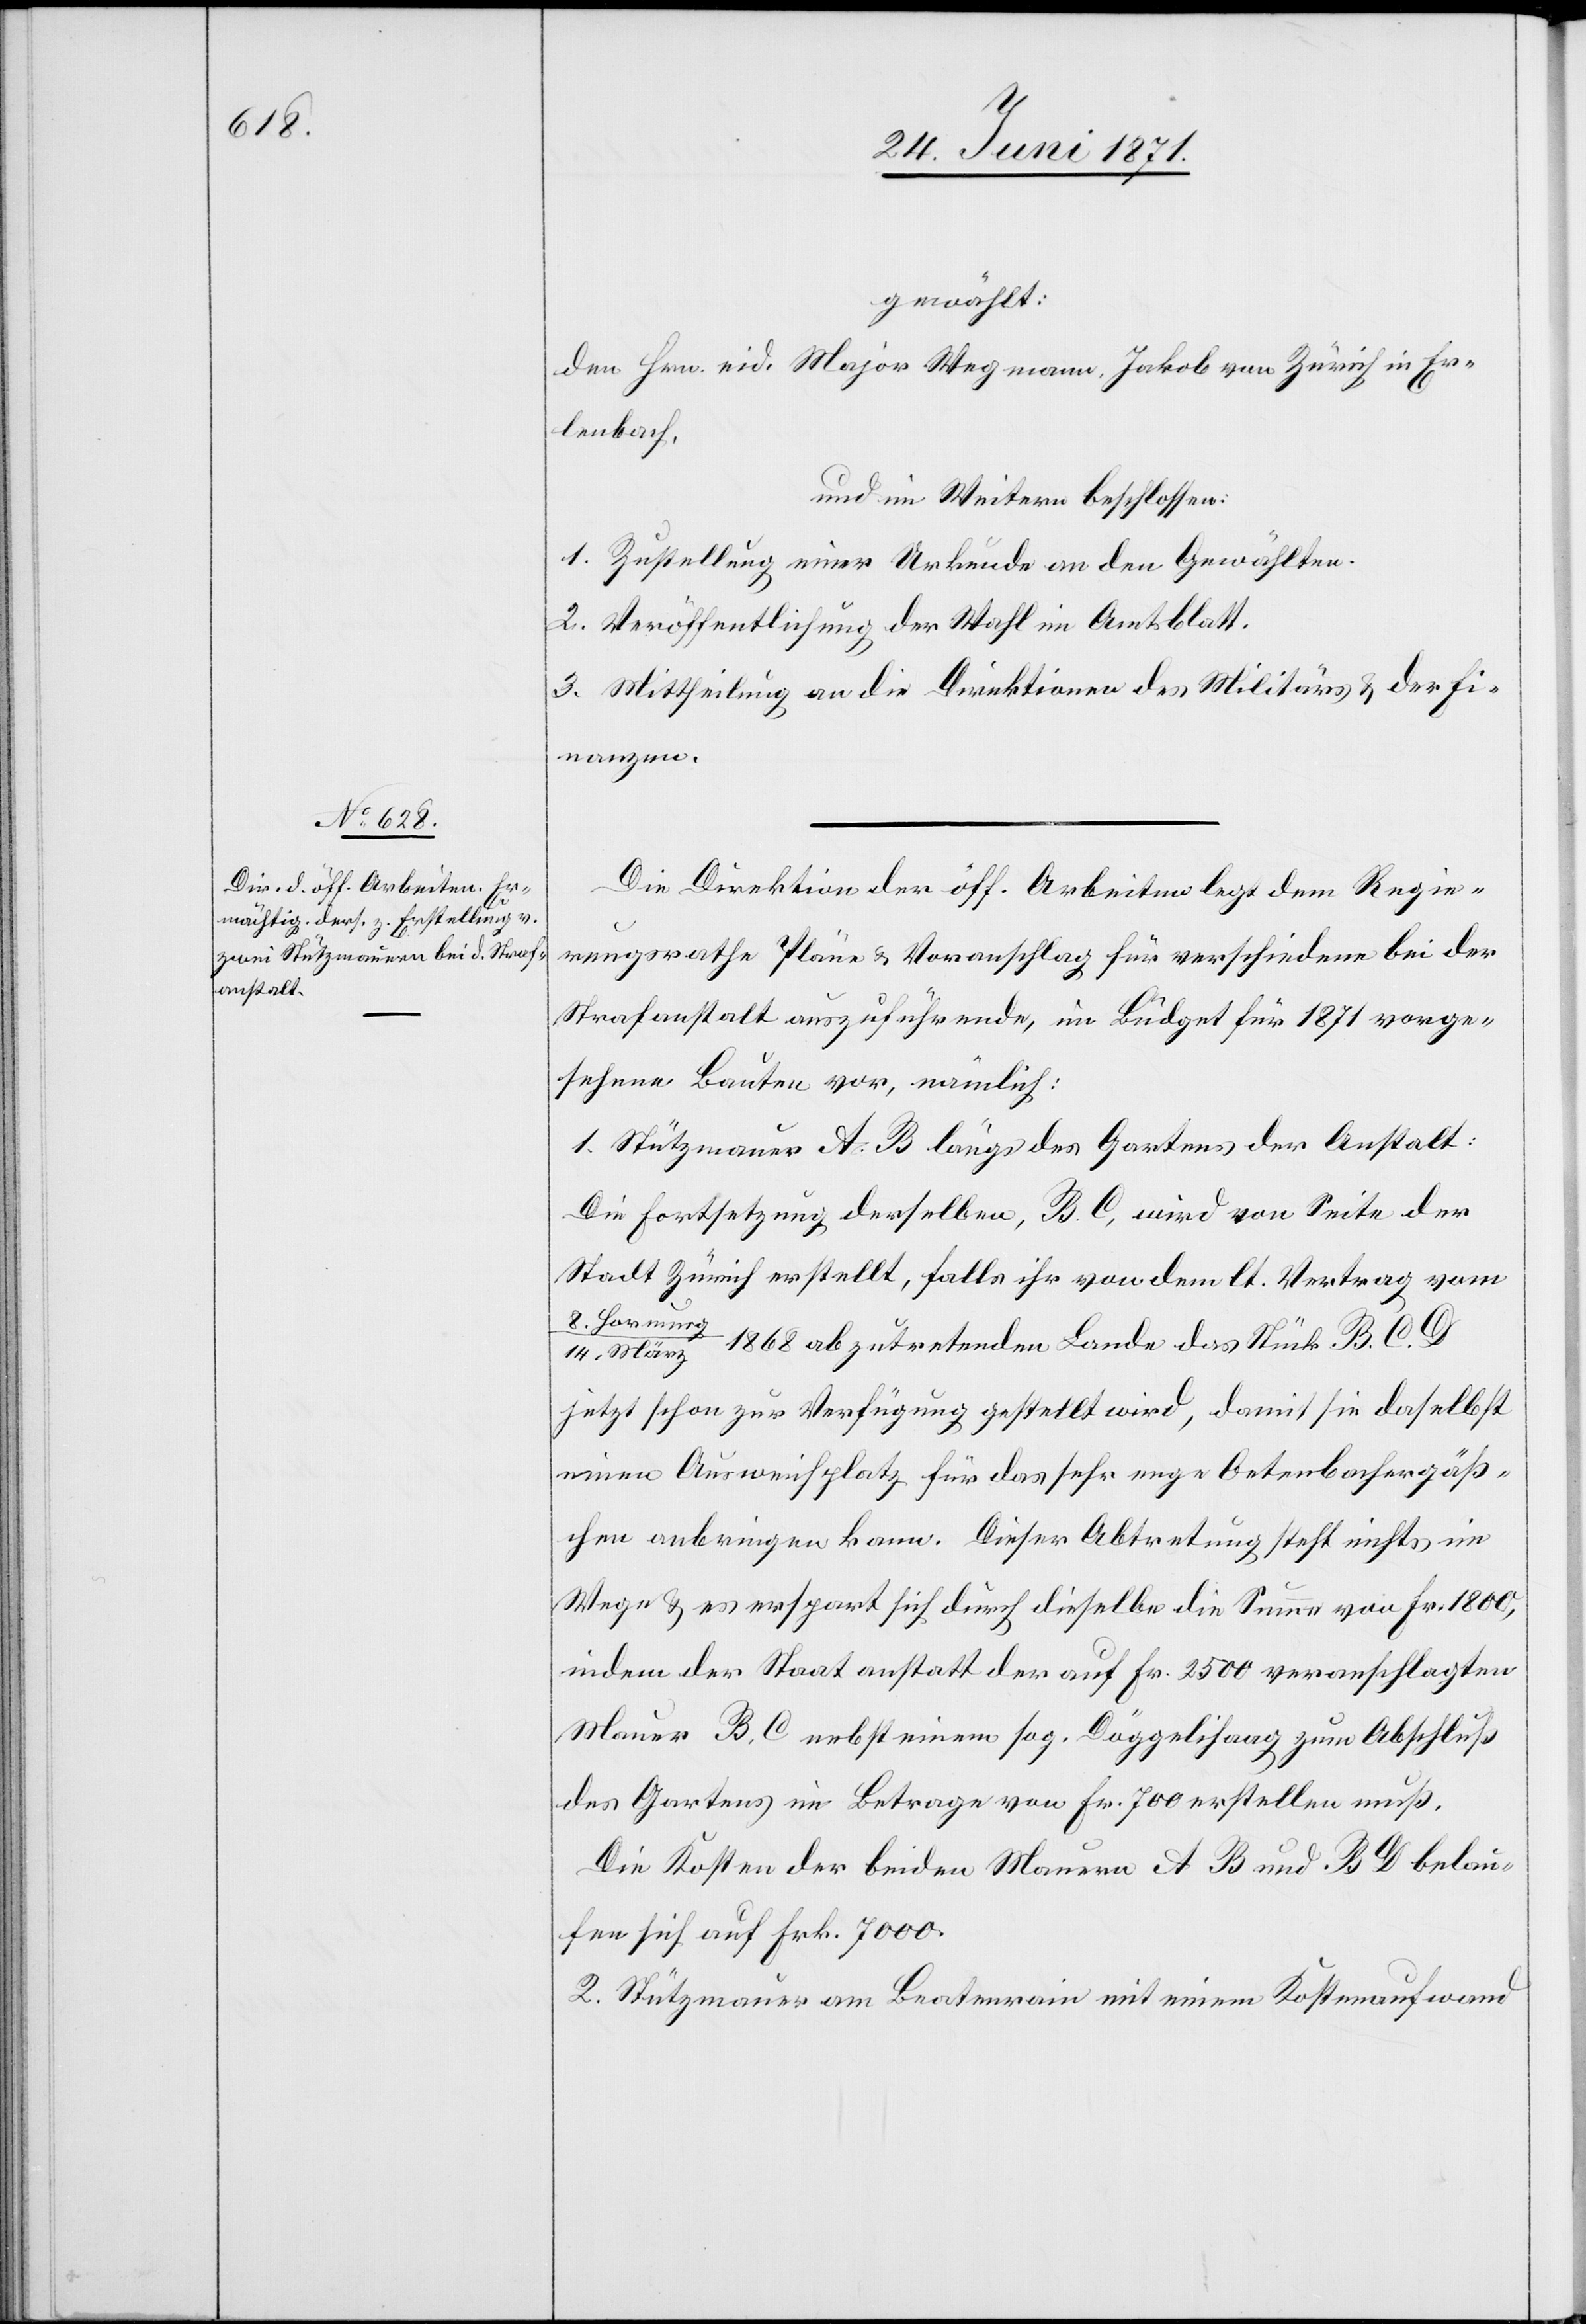
gewählt:
den Hrn. eid. Major Wegmann, Jakob von Zürich in Er¬
lenbach,
und im Weitern beschlossen:
1. Zustellung einer Urkunde an den Gewählten.
2. Veröffentlichung der Wahl im Amtsblatt.
3. Mittheilung an die Direktion des Militärs u. der Fi¬
nanzen.
Die Direktion der öff. Arbeiten legt dem Regie¬
rungsrathe Pläne u. Voranschlag für verschiedene bei der
Strafanstalt auszuführende, im Büdget für 1871 vorge¬
sehene Bauten vor, nämlich:
1. Stützmauer A. B längs des Gartens der Anstalt:
Die Fortsetzung derselben, B. C, wird von Seite der
Stadt Zürich erstellt, falls ihr von dem lt. Vertrag vom
März 1868 abzutretenden Lande das Stück B. C.
jetzt schon zur Verfügung gestellt wird, damit sie daselbst
einen Ausweisplatz für das sehr enge Oetenbachergäß¬
chen anbringen kann. Dieser Abtretung steht nichts im
Wege u. es erspart sich durch dieselbe die Summe von Fr. 1800,
indem der Staat anstatt der auf Fr. 2500 veranschlagten
Mauer B. C nebst einem sog. Döggelihaag zum Abschluß
des Gartens ein Betrage von Fr. 700 erstellten muß.
Die Kosten der beiden Mauern A B und B D belau¬
fen sich auf Frk. 7000.
2. Stützmauer am Beatenrain mit einem Kostenaufwand